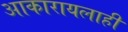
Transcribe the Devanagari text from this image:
आकारायलाही